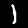
Label: 1